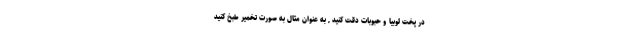
در پخت لوبیا و حبوبات دقت کنید , به عنوان مثال به صورت تخمیر طبخ کنید